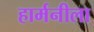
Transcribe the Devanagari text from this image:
हार्मनीला